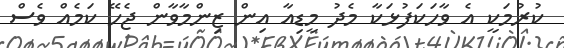
ކުރުމަކީ އެ ވާހަކަފުޅަކާ މެދު މީޑިއާ އިން ޒިންމާވާން ޖެހޭ ކަމެއް ވެސް